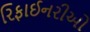
રિફાઈનરીઓ